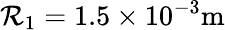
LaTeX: \mathcal{R}_{1}=1.5\times10^{-3}\mathrm{{m}}